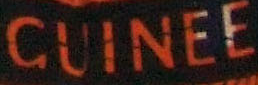
GUINEE